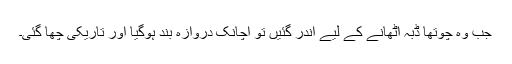
جب وہ چوتھا ڈبہ اٹھانے کے لیے اندر گئیں تو اچانک دروازہ بند ہوگیا اور تاریکی چھا گئی۔